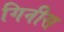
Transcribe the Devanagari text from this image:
गिनीस